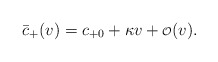
\begin{align*} \bar{c}_+(v)=c_{+0}+\kappa v+{\scriptstyle\mathcal{O}}(v).\end{align*}